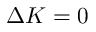
\Delta K = 0